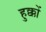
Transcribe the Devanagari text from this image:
हुक्कों